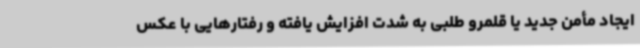
ایجاد مأمن جدید یا قلمرو طلبی به شدت افزایش یافته و رفتارهایی با عکس